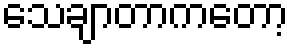
သေချာတာကတော့